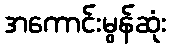
အကောင်းမွန်ဆုံး